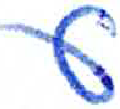
אות: ע